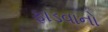
ફાડવાનો